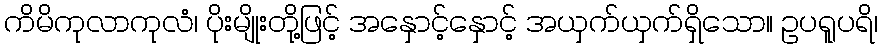
ကိမိကုလာကုလံ၊ ပိုးမျိုးတို့ဖြင့် အနှောင့်နှောင့် အယှက်ယှက်ရှိသော။ ဥပရူပရိ၊